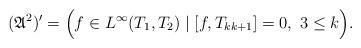
LaTeX: \begin{align*}({\mathfrak A}^{2})'=\Big(f\in L^\infty(T_1,T_2)\mid[f,T_{kk+1}]=0,\,\,3\leq k \Big).\end{align*}